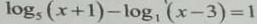
\log _ { 5 } ( x + 1 ) - \log _ { 1 } ^ { \prime } ( x - 3 ) = 1